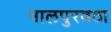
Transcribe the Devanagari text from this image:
मालपुरवठा